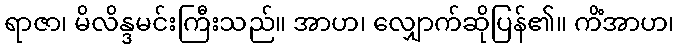
ရာဇာ၊ မိလိန္ဒမင်းကြီးသည်။ အာဟ၊ လျှောက်ဆိုပြန်၏။ ကိံအာဟ၊